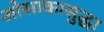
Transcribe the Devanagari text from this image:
ओसाकासुद्धा